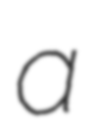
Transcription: a